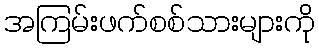
အကြမ်းဖက်စစ်သားများကို